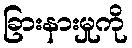
ခြားနားမှုကို